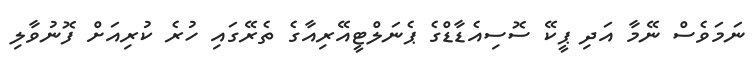
ނަމަވެސް ނޭމާ އަދި ޕީކޭ ސޮސިއެޑާޑްގެ ޕެނަލްޓީއޭރިއާގެ ތެރޭގައި ހުރެ ކުރިއަށް ފޮނުވާލި